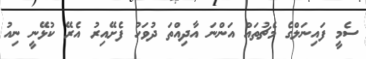
ސެމީ ފައިނަލްގެ މެޗުތައް އަންނަ އާދިއްތަ ދުވަހު ފެށޭއިރު އެރޭ ކުޅޭނީ ނިއު